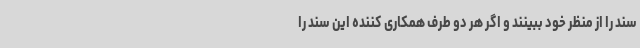
سند را از منظر خود ببینند و اگر هر دو طرف همکاری کننده این سند را